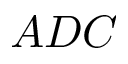
A D C